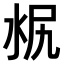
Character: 𣳣